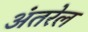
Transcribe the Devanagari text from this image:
अंतरेल